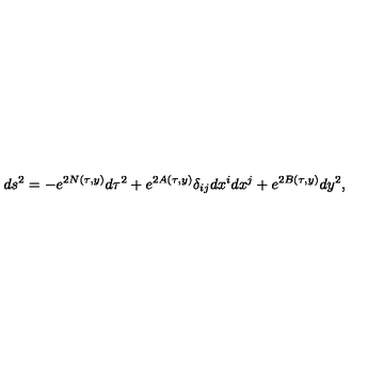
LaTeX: d s ^ { 2 } = - e ^ { 2 N ( \tau , y ) } d \tau ^ { 2 } + e ^ { 2 A ( \tau , y ) } \delta _ { i j } d x ^ { i } d x ^ { j } + e ^ { 2 B ( \tau , y ) } d y ^ { 2 } ,